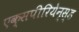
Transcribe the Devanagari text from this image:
एक्सपीरियेन्स्ड